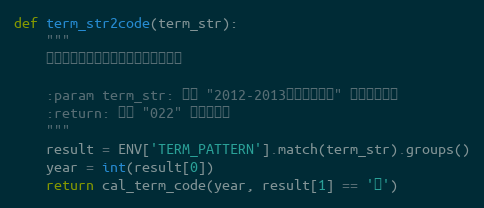
Language: Python
def term_str2code(term_str):
    """
    将学期字符串转换为对应的学期代码串

    :param term_str: 形如 "2012-2013学年第二学期" 的学期字符串
    :return: 形如 "022" 的学期代码
    """
    result = ENV['TERM_PATTERN'].match(term_str).groups()
    year = int(result[0])
    return cal_term_code(year, result[1] == '一')